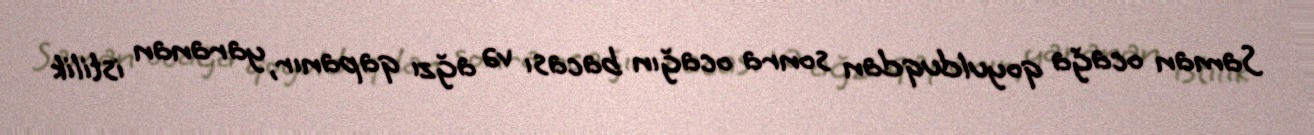
Saman ocağa qoyulduqdan sonra ocağın bacası və ağzı qapanır, yaranan istilik